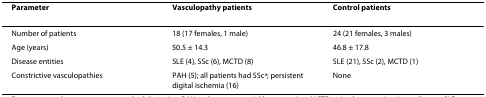
<table><thead><tr><td><b>Parameter</b></td><td><b>Vasculopathy patients</b></td><td><b>Control patients</b></td></tr></thead><tbody><tr><td>Number of patients</td><td>18 (17 females, 1 male)</td><td>24 (21 females, 3 males)</td></tr><tr><td>Age (years)</td><td>50.5 ± 14.3</td><td>46.8 ± 17.8</td></tr><tr><td>Disease entities</td><td>SLE (4), SSc (6), MCTD (8)</td><td>SLE (21), SSc (2), MCTD (1)</td></tr><tr><td>Constrictive vasculopathies</td><td>PAH (5); all patients had SSc<sup>a</sup>; persistent digital ischemia (16)</td><td>None</td></tr></tbody></table>